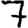
Digit: 7